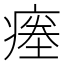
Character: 𱱜